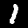
Label: 1